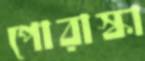
পোরাস্কা